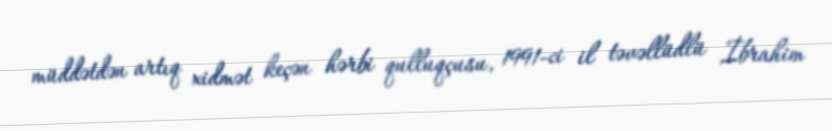
müddətdən artıq xidmət keçən hərbi qulluqçusu, 1991-ci il təvəllüdlü İbrahim